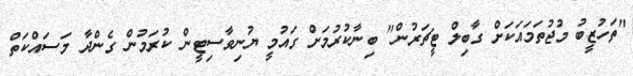
"ތަހުޒީބު މުޖުތަމައަކަށް ގާބިލް ޓީޗަރުން" ބިނާކުރުމަށް ގައުމީ ޔުނިވާސިޓީން ކުރަމުން ގެންދާ މަސައްކަތް